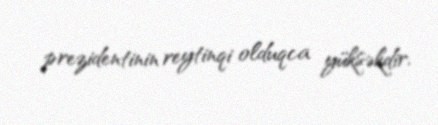
prezidentinin reytinqi olduqca yüksəkdir.